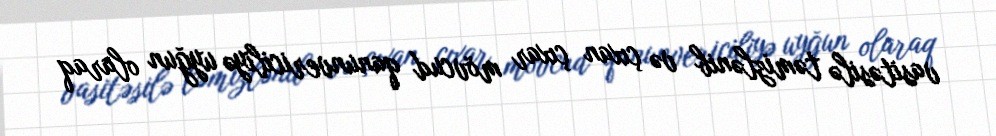
vasitəsilə təmizlənib və çıxan çıxar mövcud qanunvericiliyə uyğun olaraq